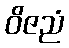
ဝိဇညံ